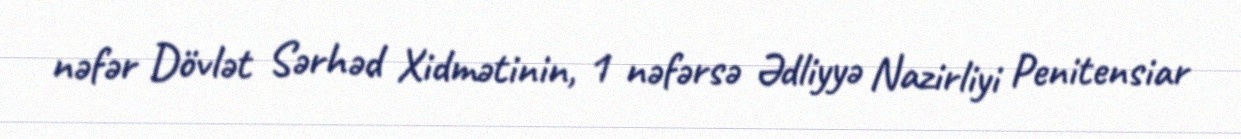
nəfər Dövlət Sərhəd Xidmətinin, 1 nəfərsə Ədliyyə Nazirliyi Penitensiar